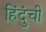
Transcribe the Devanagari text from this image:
हिंदुंची